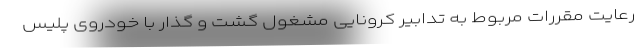
رعایت مقررات مربوط به تدابیر کرونایی مشغول گشت و گذار با خودروی پلیس